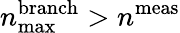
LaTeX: n_{\textrm{max}}^{\textrm{branch}}>n^{\textrm{meas}}